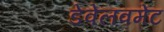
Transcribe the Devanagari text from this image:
डेवेलवमेंट